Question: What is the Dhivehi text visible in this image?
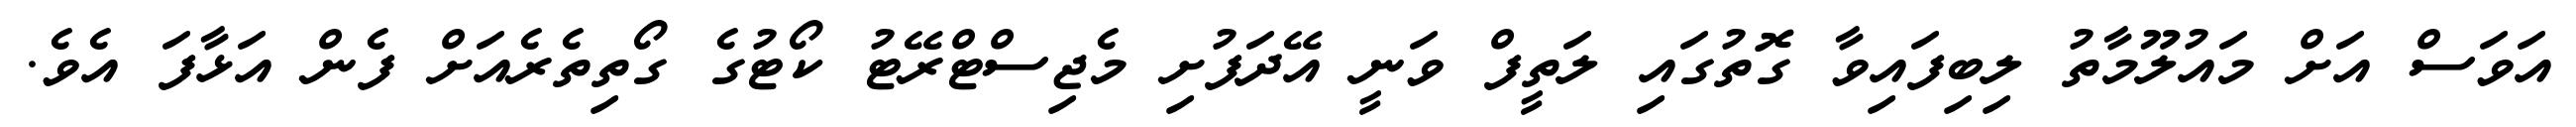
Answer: އަވަސް އަށް މައުލޫމާތު ލިބިފައިވާ ގޮތުގައި ލަތީފް ވަނީ އޭދަފުށި މެޖިސްޓްރޭޓު ކޯޓުގެ ގޯތިތެރެއަށް ފެން އަޅާފަ އެވެ.